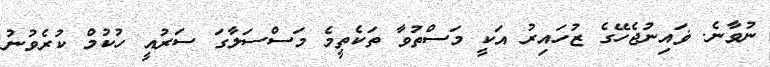
ނުވާނެ. ޥައިނުޖެހޭގެ ޒުހައިރު އަކީ މަސްތުވާ ތަކެތީމެ މަސްސަލާގަ ސަރުއީ ހުކުމް ކުރެވުނު